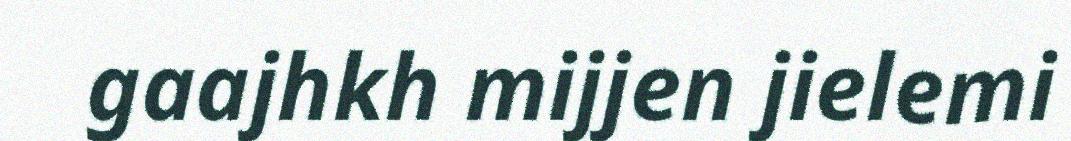
gaajhkh mijjen jielemi